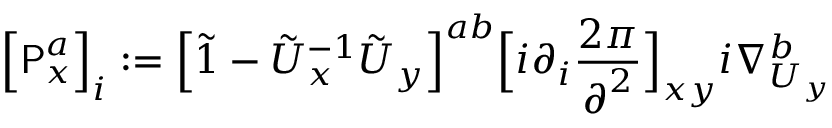
\Big [ { \sf P } _ { \boldsymbol { x } } ^ { a } \Big ] _ { i } : = \Big [ \Tilde { \boldsymbol { 1 } } - \Tilde U _ { \boldsymbol { x } } ^ { - 1 } \Tilde U _ { \boldsymbol { y } } \Big ] ^ { a b } \Big [ i \partial _ { i } \frac { 2 \pi } { \boldsymbol { \partial } ^ { 2 } } \Big ] _ { \boldsymbol { x y } } i \nabla _ { U _ { \boldsymbol { y } } } ^ { b }